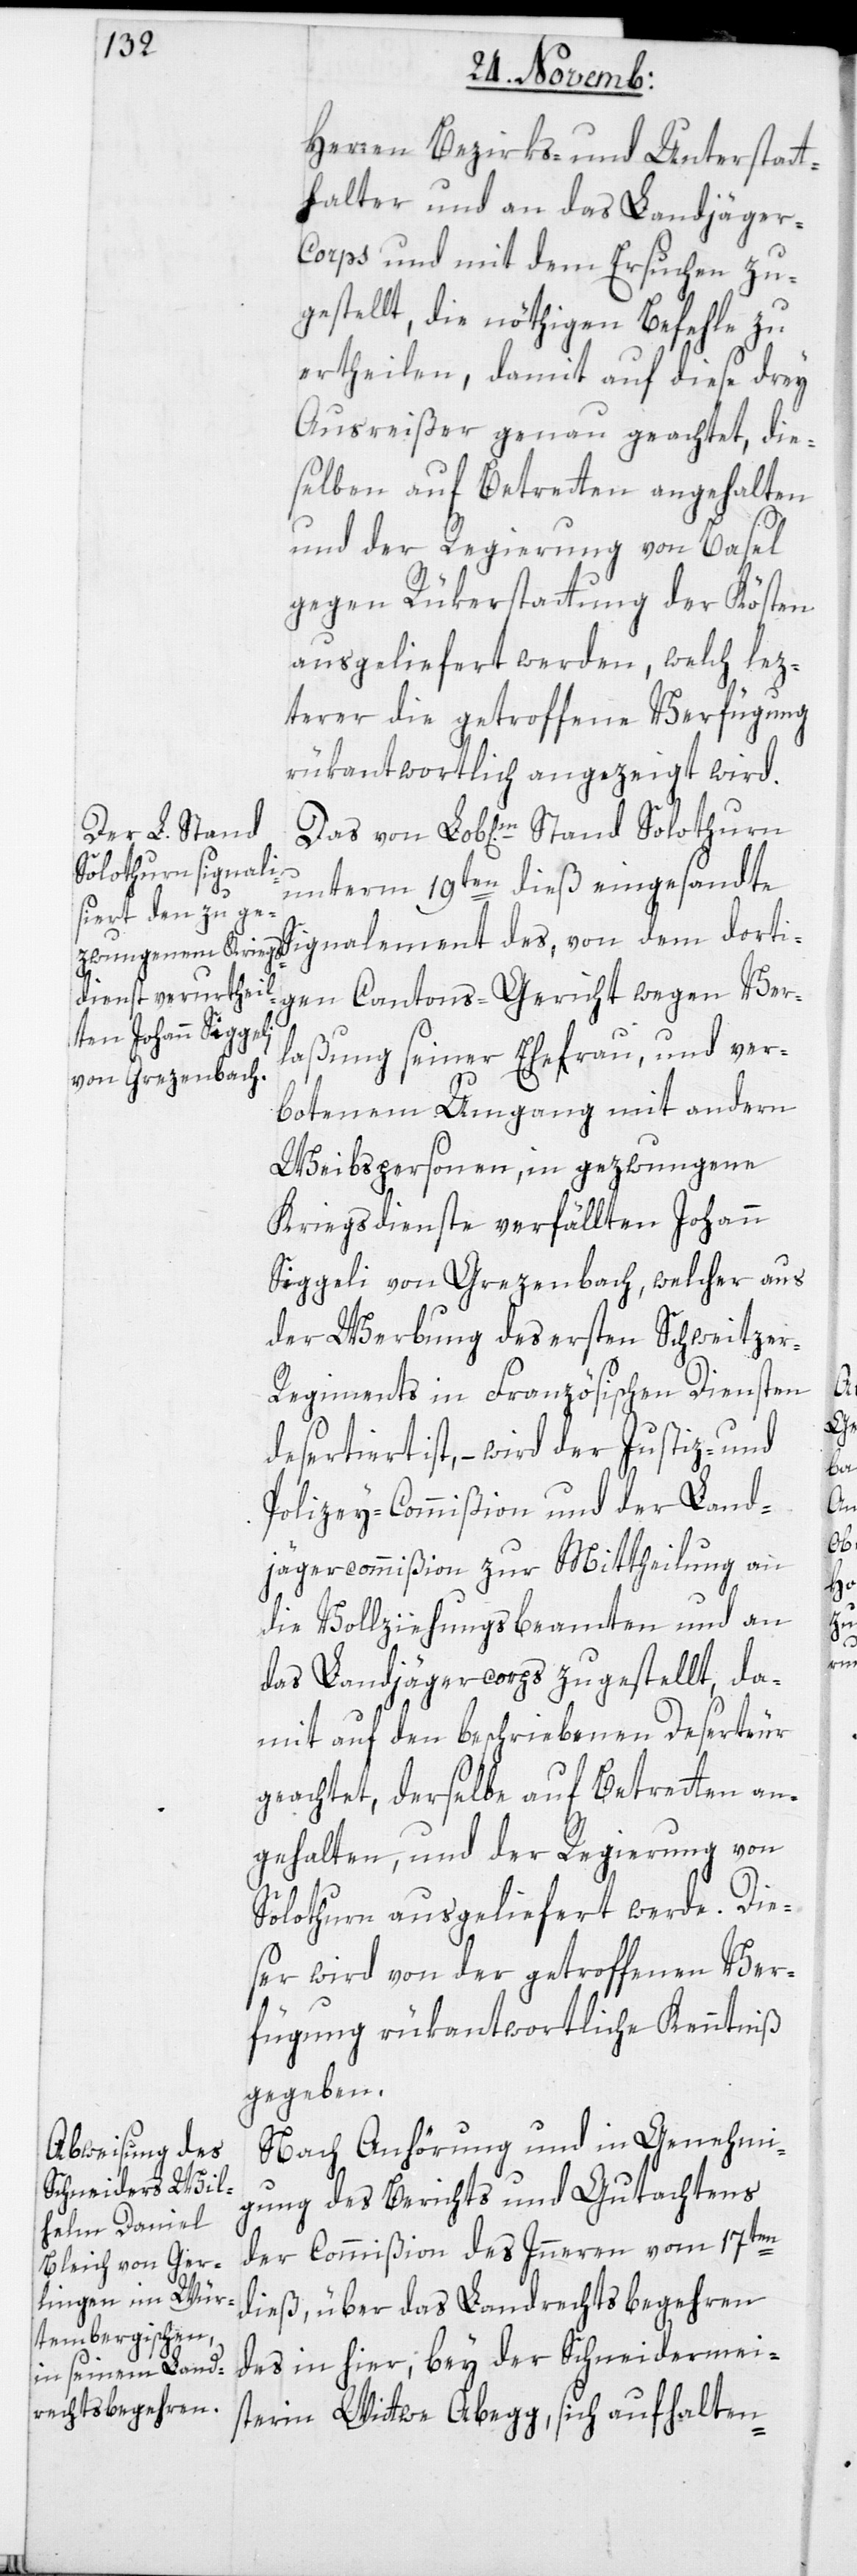
Herren Bezirks- und Unterstatt¬
halter und an das Landjäge¬
r-Corps und mit dem Ersuchen zu¬
gestellt, die nöthigen Befehle zu
ertheilen, damit auf diese drey
Ausreißer genau geachtet, die¬
selben auf Betretten angehalten
und der Regierung von Basel
gegen Rükerstattung der Kösten
ausgeliefert werden, welch lez¬
terer die getroffene Verfügung
rükantwortlich angezeigt wird.
unterm 19ten dieß eingesandte
gen Cantonsgericht wegen Ver¬
laßung seiner Ehefrau, und ver¬
botenem Umgang mit andern
Weibspersonen, in gezwungene
Kriegsdienste verfällten Johann
Siggeli von Grezenbach, welcher aus
der Werbung des ersten Schweitze¬
r-Regiments in Französischen Diensten
desertiert ist, – wird der Justiz- und
Polizey-Commißion und der Land¬
jägercommißion zur Mittheilung an
die Vollziehungsbeamten und an
das Landjägercorps zugestellt, da¬
mit auf den beschriebenen Deserteur
geachtet, derselbe auf Betreten an¬
gehalten, und der Regierung von
Solothurn ausgeliefert werde. Die¬
ser wird von der getroffenen Ver¬
fügung rükantwortliche Kenntniß
gegeben.
Nach Anhörung und in Genehmi¬
gung des Berichts und Gutachtens
dem dorti¬
der Commißion des Inneren vom 17ten
dieß, über das Landrechtsbegehren
des in hier, bey der Schneidermei¬
sterin Wittwe Abegg sich aufhalten-